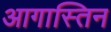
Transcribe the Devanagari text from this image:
आगास्तिन